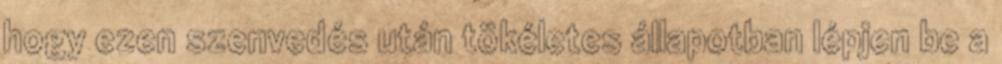
hogy ezen szenvedés után tökéletes állapotban lépjen be a